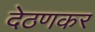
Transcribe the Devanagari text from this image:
देठणकर